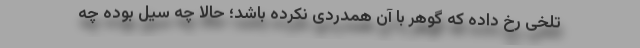
تلخی رخ داده که گوهر با آن همدردی نکرده باشد؛ حالا چه سیل بوده چه